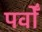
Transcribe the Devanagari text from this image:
पर्वोँ